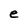
Character: e